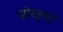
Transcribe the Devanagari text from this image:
धोरइया